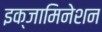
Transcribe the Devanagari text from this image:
इक्जामिनेशन